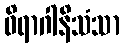
ဝိရာဂါနိသံသာ